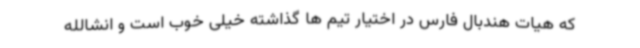
که هیات هندبال فارس در اختیار تیم ها گذاشته خیلی خوب است و انشالله